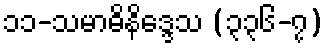
၁၁-သမာဓိနိဒ္ဒေသ (၃၃၆-၇)